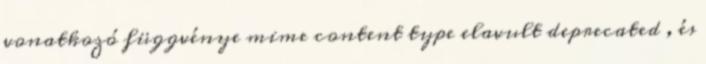
vonatkozó függvénye mime content type elavult deprecated , és